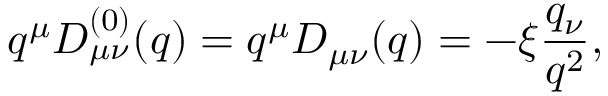
q ^ { \mu } D _ { \mu \nu } ^ { ( 0 ) } ( q ) = q ^ { \mu } D _ { \mu \nu } ( q ) = - \xi { \frac { q _ { \nu } } { q ^ { 2 } } } ,